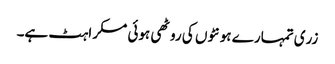
زری تمہارے ہونٹوں کی روٹھی ہوئی مسکراہٹ ہے۔